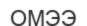
ОМЭЭ